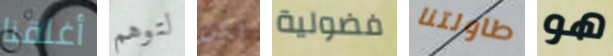
أغلقنا لتوهم لكن فضولية طاولتنا هو